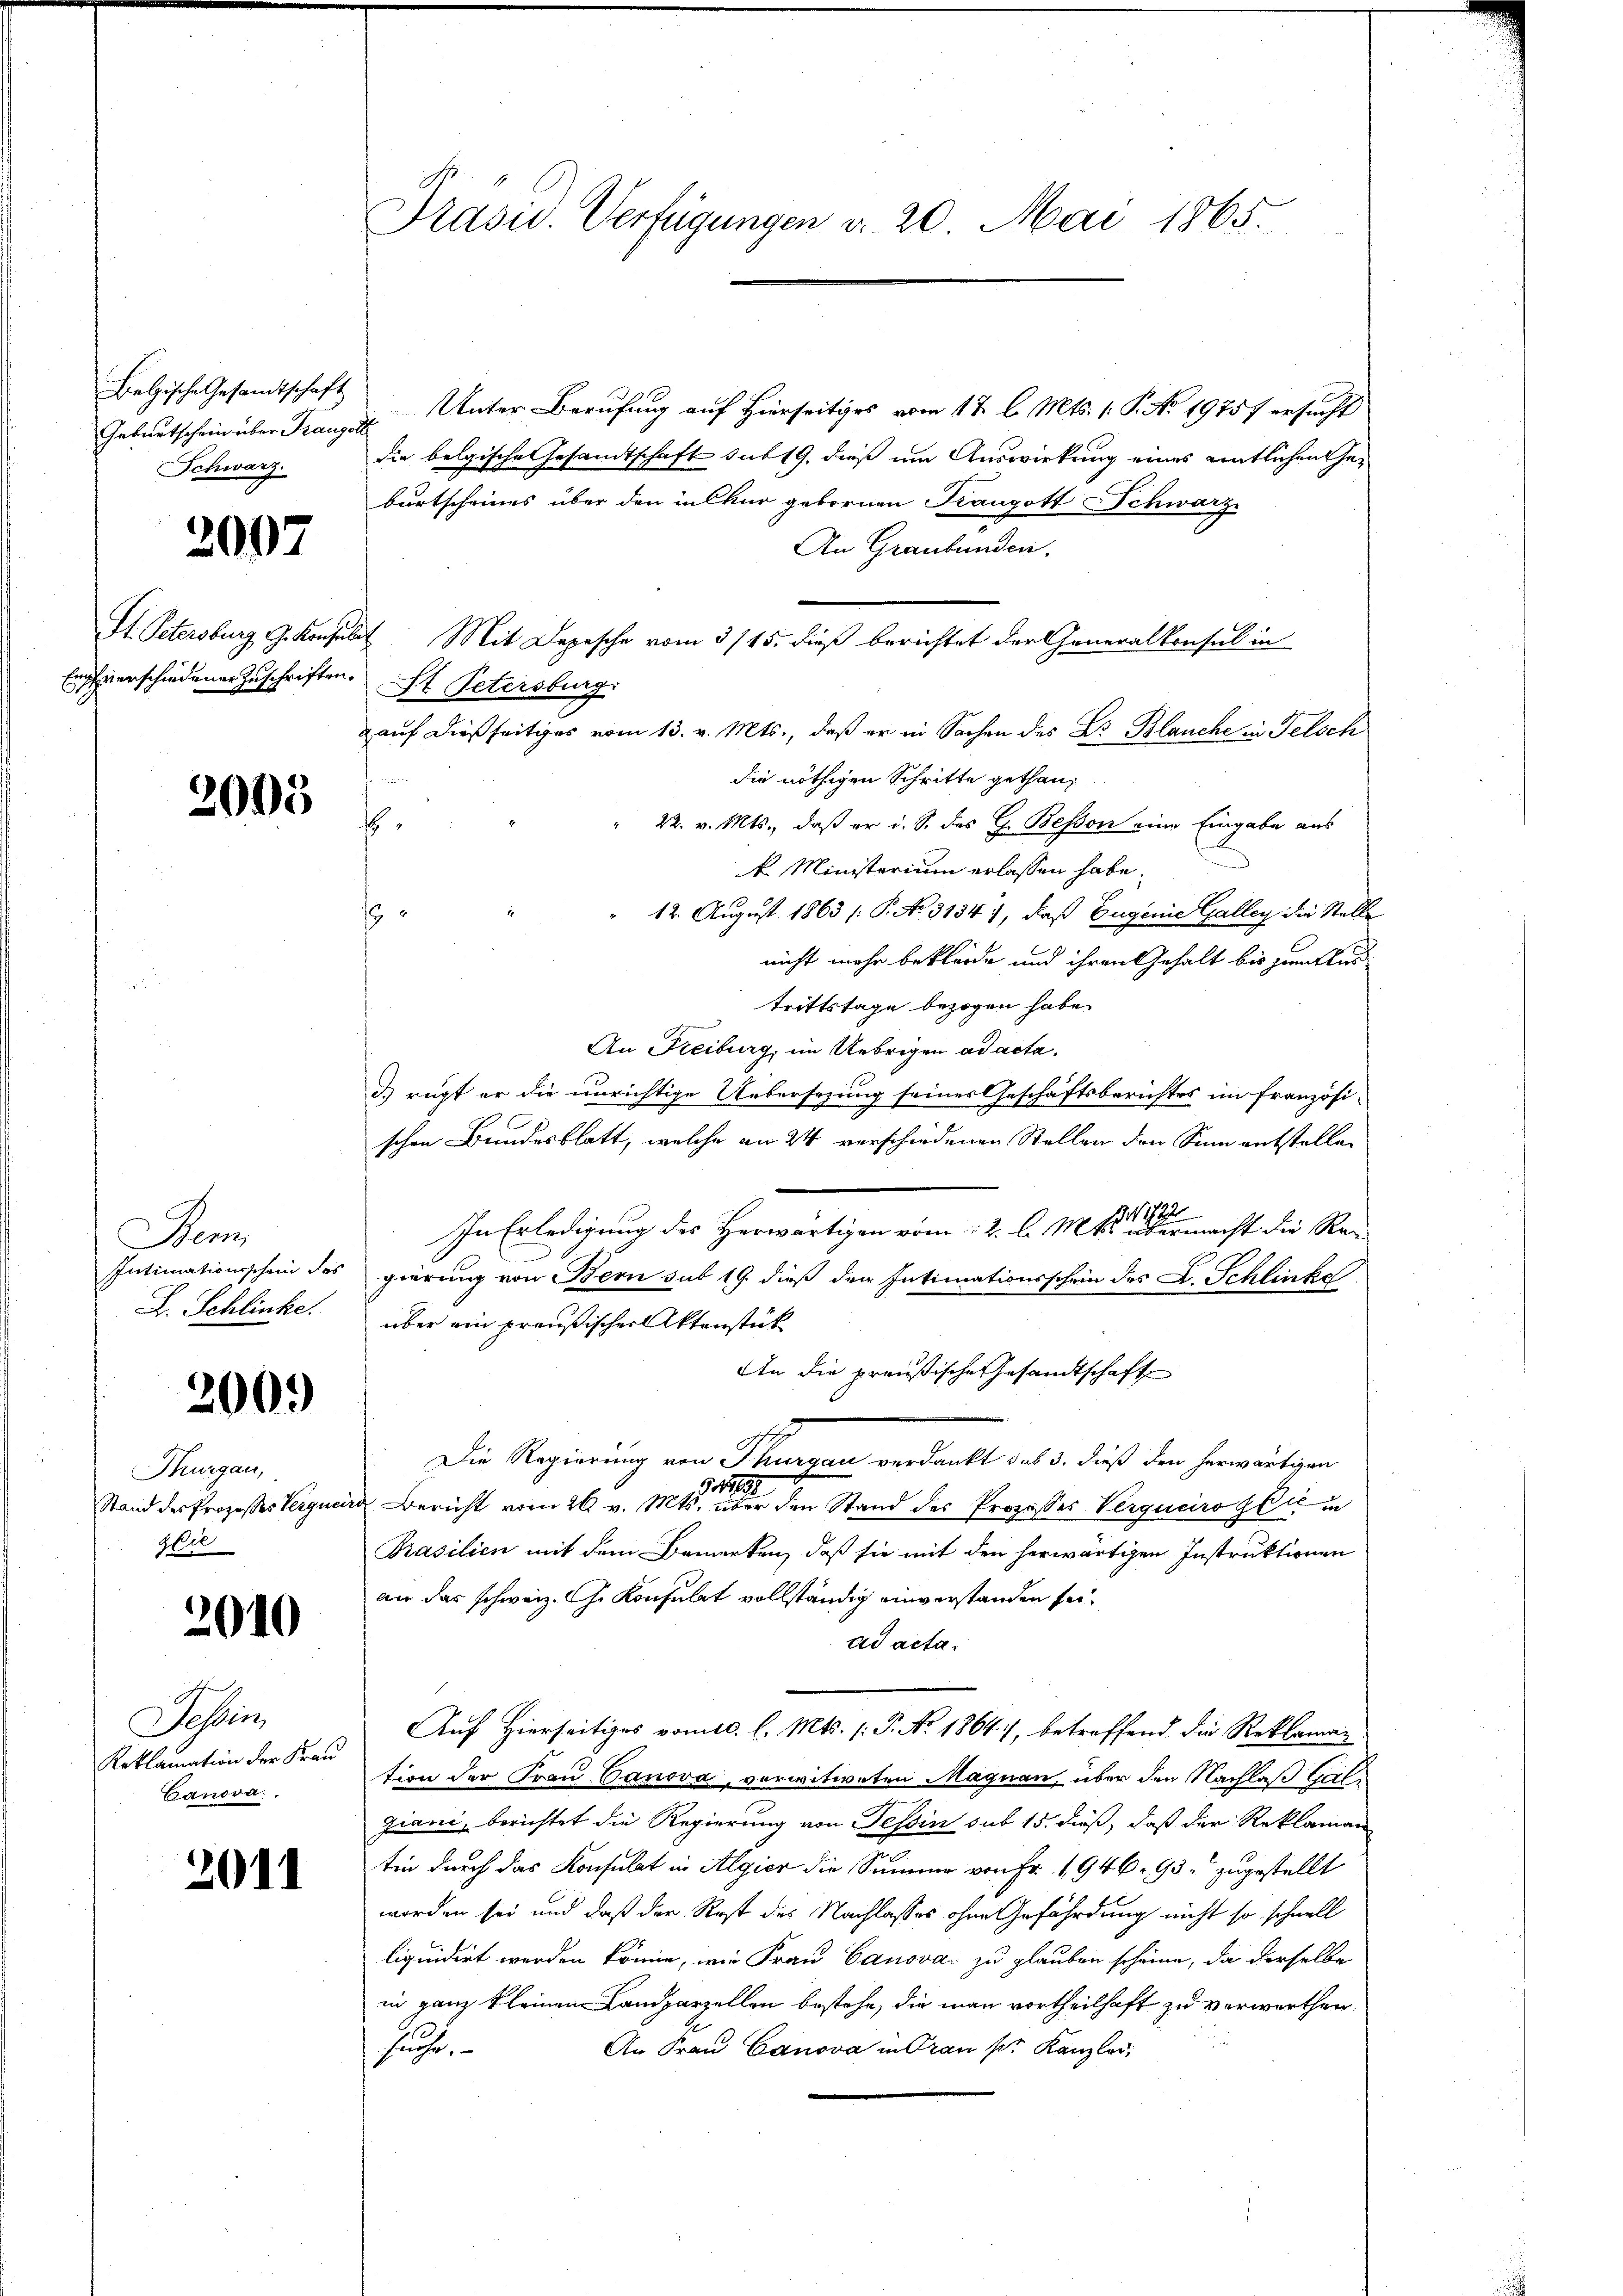
Belgische Gesandtschaft
Schwarz.

2007

Empfverschiedener Zuschriften.

2005

Bem
D. Schlinke.

2009

Thurgau,
zlie

2010

s
Tessin,
Reklamation der Frau
Canova

2011

Geburtschein über Franz Unter Berufung auf Hierseitiges vom 12. l. Mts. 1. P. No. 19757 ersucht
die belgische Gesandtschaft sub 19. dieß um Auswirkung eines entlichen Geburtscheines über den in Chur gebornen Kangott Schwarz
An Graubünden,
St. Petersburg, G. Konsulat Mit Depesche vom 3/15. dieß berichtet der Generalkonsul in
St. Petersburg.
gauf dießseitiges vom 13. v. Mts., daß er in Sachen des Dr. Blanche in Felsch
die nöthigen Schritte gethan,
" 22. v. Mts., daß er i. S. des G. Besson eine Eingabe aus
E
k. Ministerium erlassen habe.
" 12. August 1863 /: P. No 31347, daß Eugenie Galley die Stelle
19
nicht mehr bekleide und ihren Gehalt bis zumitter
trittstage bezogen habe.
An Freiburg, im Uebrigen ad acta.
d rügt er die unrichtige Uebersezung seines Geschäftsberichtes im französischen Bundesblatt, welche an 24 verschiedenen Stellen den Sinn entstellen
In Erledigung des Herwärtigen vom 2. l. Mts. einer macht die Rei
Intimationsschein des gierung von Bern sub 19. dieß der Intimationsschein des L. Schlinke
über ein preußischer Aktenstück
An die preußische Gesandtschafte
Die Regierung von Thurgau verdankt, das 3. dieß den herwärtigen
.191
Stand des Prozesses Verguard Bericht vom 26. v. Mts. über den Stand des Prozesses Verqueiro gli in
Prasilien mit dem Bemerken, daß sie mit den herwärtigen Instruktionen
an das schweiz. G. Konsulat vollständig einverstanden sei.
ad acta.
Auf Hierseitiges vom 10. l. Mts. (: P. No. 1864), betreffend die Reklaman
tion der Frau Panova, vorwitweten Magnau, über den Nachlaß Gal¬
Ziani, berichtet die Regierung von Tessin sub 15. dieß, daß der Reklaman
tin durch das Konsulat in Algier die Summe von Fr. 1946. 93 zugestellt
worden sei und daß der Rest des Nachlasses ohne Gefährdung nicht so schnell
liquidirt werden könne, wie Frau Canova zu glauben scheine, da derselbe
in ganz kleinem Landparzellen bestehe, die man vortheilhaft zu verwerthen.
An Frau Canova in Frau pr. Kanzler,
Haug,

Präsid. Verfügungen d. 20. Mai 1865.